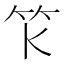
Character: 𥫪